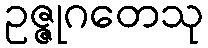
ဥဇ္ဇုဂတေသု